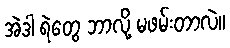
အဲဒါ ရဲတွေ ဘာလို့ မဖမ်းတာလဲ။